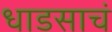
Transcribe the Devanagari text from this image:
धाडसाचं